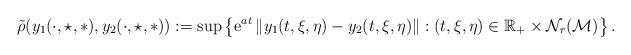
LaTeX: \begin{gather*}\tilde{\rho}(y_{1}(\cdot,\star,\ast),y_{2}(\cdot,\star,\ast)):=\sup\left\{ \mathrm{e}^{at}\left\Vert y_{1}(t,\xi,\eta)-y_{2}(t,\xi,\eta)\right\Vert :(t,\xi,\eta)\in\mathbb{R}_{+}\times\mathcal{N}_{r}(\mathcal{M})\right\} .\end{gather*}